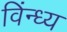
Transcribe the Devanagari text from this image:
विंन्ध्य